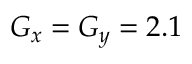
G _ { x } = G _ { y } = 2 . 1